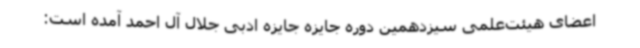
اعضای هیئت‌علمی سیزدهمین دوره جایزه جایزه ادبی جلال آل احمد آمده است: